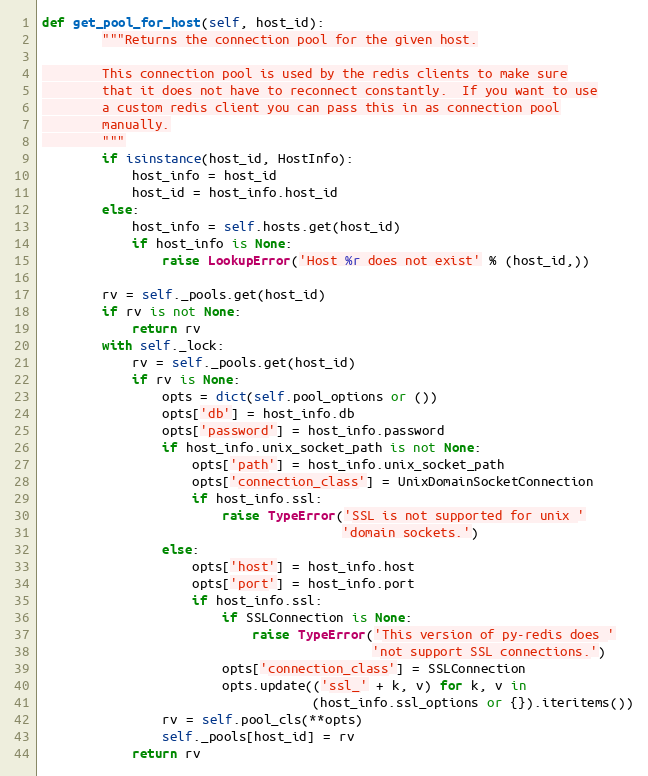
Language: Python
def get_pool_for_host(self, host_id):
        """Returns the connection pool for the given host.

        This connection pool is used by the redis clients to make sure
        that it does not have to reconnect constantly.  If you want to use
        a custom redis client you can pass this in as connection pool
        manually.
        """
        if isinstance(host_id, HostInfo):
            host_info = host_id
            host_id = host_info.host_id
        else:
            host_info = self.hosts.get(host_id)
            if host_info is None:
                raise LookupError('Host %r does not exist' % (host_id,))

        rv = self._pools.get(host_id)
        if rv is not None:
            return rv
        with self._lock:
            rv = self._pools.get(host_id)
            if rv is None:
                opts = dict(self.pool_options or ())
                opts['db'] = host_info.db
                opts['password'] = host_info.password
                if host_info.unix_socket_path is not None:
                    opts['path'] = host_info.unix_socket_path
                    opts['connection_class'] = UnixDomainSocketConnection
                    if host_info.ssl:
                        raise TypeError('SSL is not supported for unix '
                                        'domain sockets.')
                else:
                    opts['host'] = host_info.host
                    opts['port'] = host_info.port
                    if host_info.ssl:
                        if SSLConnection is None:
                            raise TypeError('This version of py-redis does '
                                            'not support SSL connections.')
                        opts['connection_class'] = SSLConnection
                        opts.update(('ssl_' + k, v) for k, v in
                                    (host_info.ssl_options or {}).iteritems())
                rv = self.pool_cls(**opts)
                self._pools[host_id] = rv
            return rv